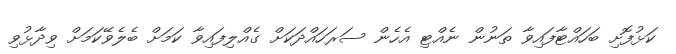
ކަޅުފޮށި ބަހައްޓާފައިވާ ތަނުން ނެއްޓި އެހެން ސަރަހައްދަކަށް ގެއްލިފައިވާ ކަމަށް ބެލެވޭކަމަށް ވިދާޅުވި